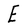
Character: E